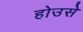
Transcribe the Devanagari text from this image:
होउसे